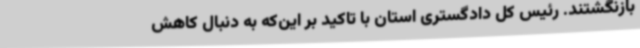
بازنگشتند. رئیس کل دادگستری استان با تاکید بر این‌که به دنبال کاهش